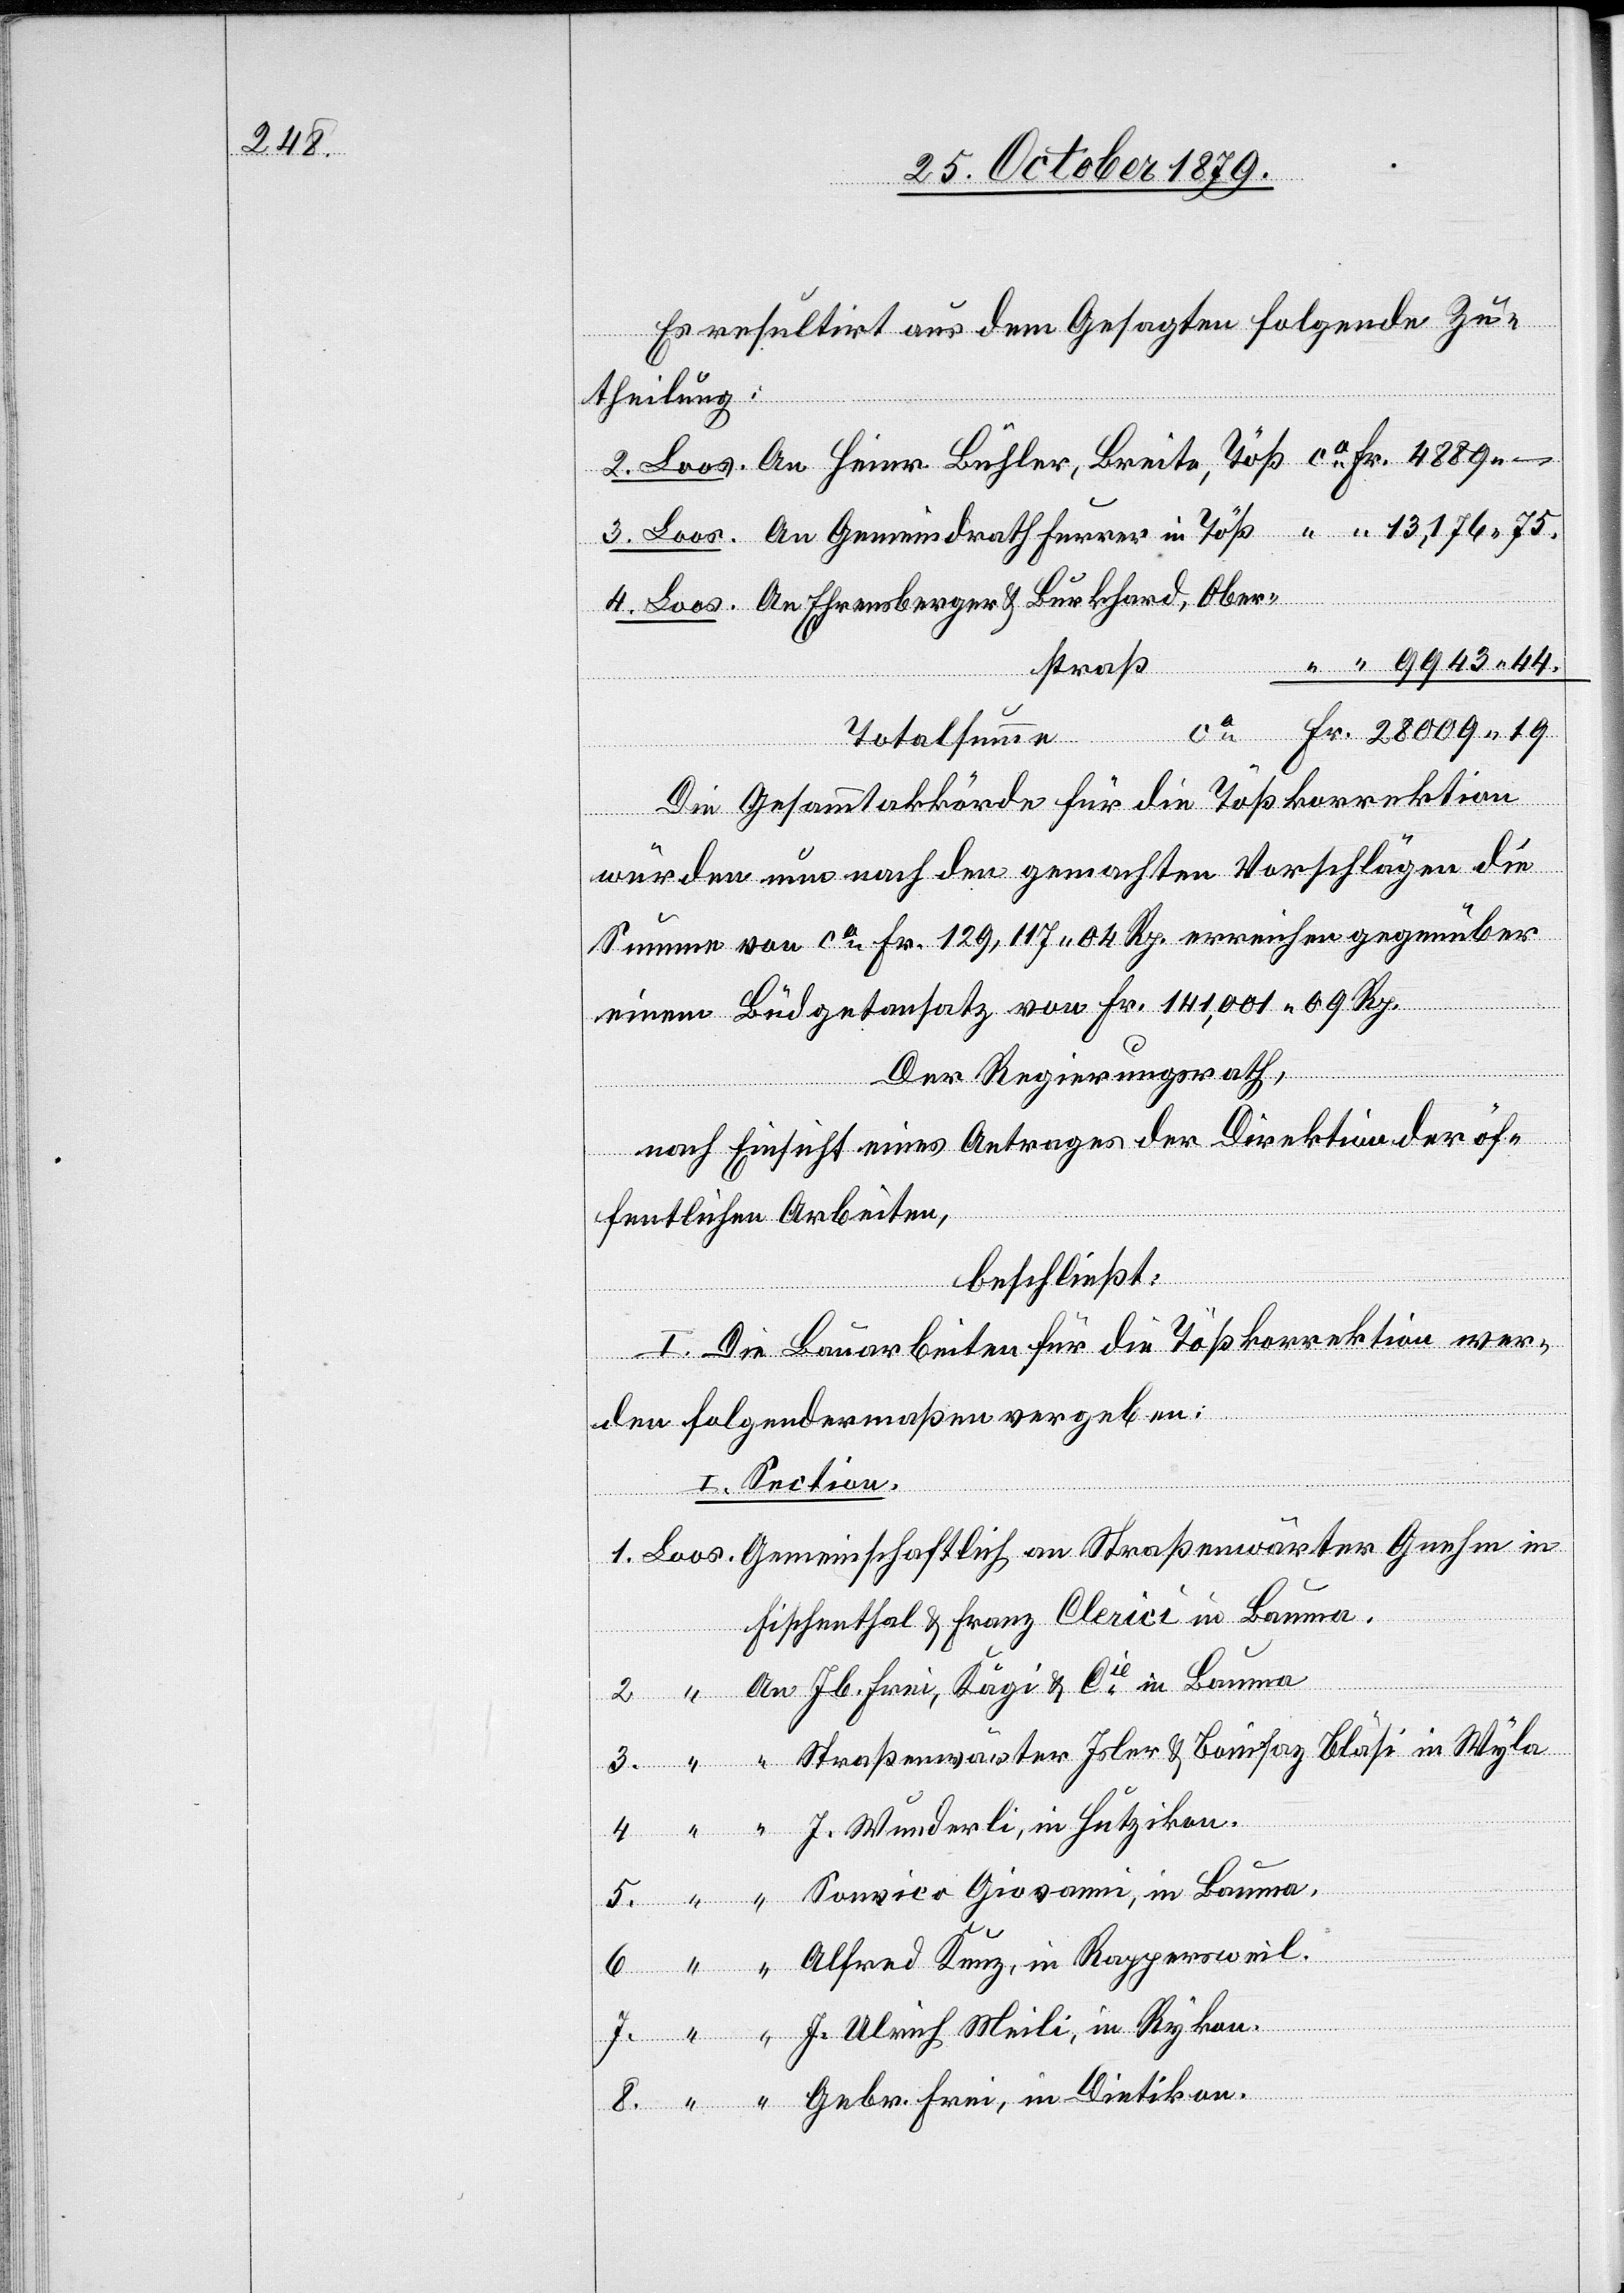
Es resultirt aus dem Gesagten folgende Zu¬
in
theilung:
9943 44.
rstraß
in Bauma
Totalsumme
6.
Die Gesammtakkörde für die Tößkorrektion
würden nun nach den gemachten Vorschlägen die
Summe von ca Fr. 129,117 04 Rp. erreichen gegenüber
einem Büdgetansatz von Fr. 141,001 09 Rp.
Der Regierungsrath,
nach Einsicht eines Antrages der Direktion der öf¬
fentlichen Arbeiten,
“
beschließt:
I. Die Bauarbeiten für die Tößkorrektion wer¬
den folgendermaßen vergeben:
I. Section.
Fischenthal & Franz Clerici in Bauma.
Furrer
An Jb. Frei, Kägi & Cie in Bauma
“ Straßenwärter Isler & Bläsi in Wyla
“ J. Wunderli, in Hutzikon.
5.
Obe¬
[An] Alfred Kunz, in Rappersweil.
“ J. Ulrich Meili, in Rykon.
“ Gebr. Frei, in Dietikon.

Son¬

vi¬